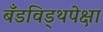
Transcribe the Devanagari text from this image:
बँडविड्थपेक्षा